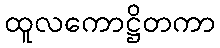
ထူလကောဋ္ဌိတကာ